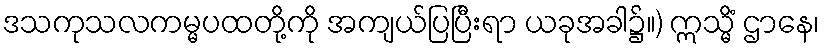
ဒသကုသလကမ္မပထတို့ကို အကျယ်ပြပြီးရာ ယခုအခါ၌။) ဣသ္မိံ ဌာနေ၊